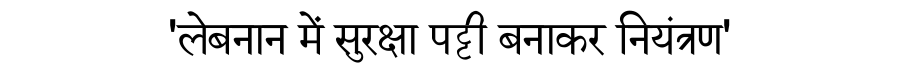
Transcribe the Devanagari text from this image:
'लेबनान में सुरक्षा पट्टी बनाकर नियंत्रण'